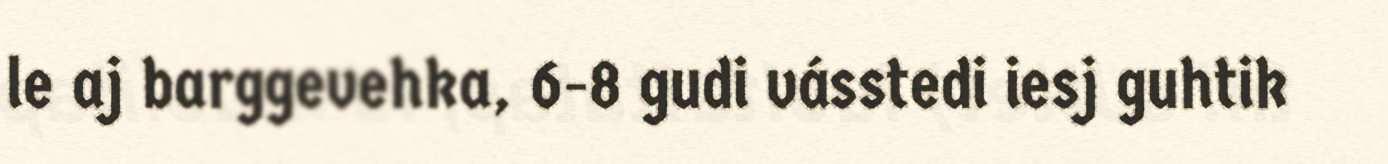
le aj barggevehka, 6-8 gudi vásstedi iesj guhtik